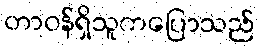
တာဝန်ရှိသူကပြောသည်